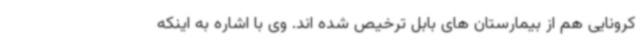
کرونایی هم از بیمارستان های بابل ترخیص شده اند. وی با اشاره به اینکه